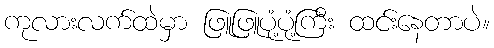
ကုလားလက်ထဲမှာ ဖြူဖြူပုံ့ပုံ့ကြီး ထင်းနေတာပဲ။